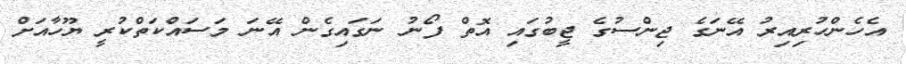
އެހެންހުރިއިރު އޭނަގެ ޖިންސުގެ ޖީބުގައި އޮތް ފޯނު ނަގައިގެން އޭނަ މަސައްކަތްކުރީ ޔޫހާއަށް